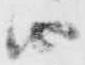
由